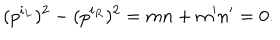
LaTeX: ( p ^ { i _ { L } } ) ^ { 2 } - ( p ^ { i _ { R } } ) ^ { 2 } = m n + m ^ { \prime } n ^ { \prime } = 0 .